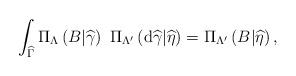
LaTeX: \begin{align*}\int_{\widehat{\Gamma }}\Pi _{\Lambda }\left( B|\widehat{\gamma }\right)\ \Pi _{\Lambda ^{\prime }}\left( \mathrm{d}\widehat{\gamma }|\widehat{\eta }\right) =\Pi _{\Lambda^{\prime } }\left( B|\widehat{\eta }\right) , \end{align*}